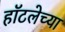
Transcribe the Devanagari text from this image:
हॉटलेच्या